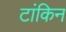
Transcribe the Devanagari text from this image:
टांकिन